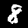
Label: 8